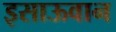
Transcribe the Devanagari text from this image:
इसाऊवान